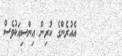
٧٤       އެއުރެންގެ ކުރިން އިންސިއަކުވެސް